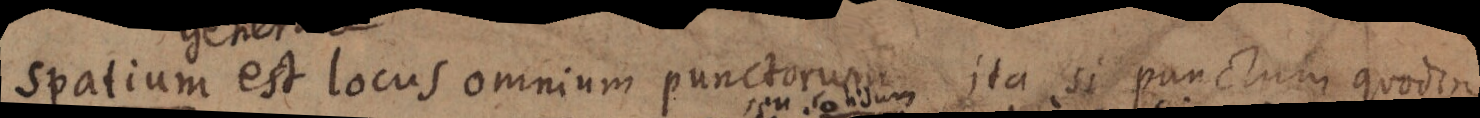
Spatium est locus omnium punctorum ita si punctum quod vis